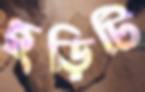
ছড়িটি